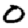
Digit: 0